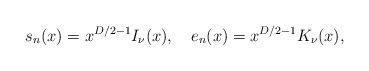
\begin{align*}s_n(x)=x^{D/2-1}I_\nu(x),\quad e_n(x)=x^{D/2-1}K_\nu(x),\end{align*}